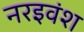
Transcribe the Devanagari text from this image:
नरइवंश